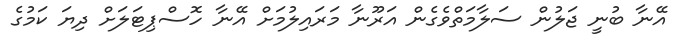
އޭނާ ބުނީ ޖަލުން ސަލާމަތްވެގެން އަރޫނާ މަރައިލުމަށް އޭނާ ހޮސްޕިޓަލަށް ދިޔަ ކަމުގެ